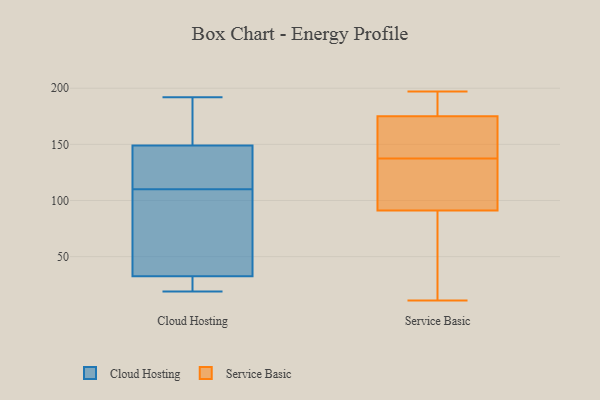
{"axis": {"x": "Waste Production (Tons)", "y": "Value"}, "legend": ["Cloud Hosting", "Service Basic"], "data": [{"x": "", "y": 74, "type": "Cloud Hosting"}, {"x": "", "y": 192, "type": "Cloud Hosting"}, {"x": "", "y": 144, "type": "Cloud Hosting"}, {"x": "", "y": 114, "type": "Cloud Hosting"}, {"x": "", "y": 23, "type": "Cloud Hosting"}, {"x": "", "y": 160, "type": "Cloud Hosting"}, {"x": "", "y": 19, "type": "Cloud Hosting"}, {"x": "", "y": 32, "type": "Cloud Hosting"}, {"x": "", "y": 117, "type": "Cloud Hosting"}, {"x": "", "y": 77, "type": "Cloud Hosting"}, {"x": "", "y": 33, "type": "Cloud Hosting"}, {"x": "", "y": 166, "type": "Cloud Hosting"}, {"x": "", "y": 106, "type": "Cloud Hosting"}, {"x": "", "y": 154, "type": "Cloud Hosting"}, {"x": "", "y": 138, "type": "Cloud Hosting"}, {"x": "", "y": 24, "type": "Cloud Hosting"}, {"x": "", "y": 150, "type": "Service Basic"}, {"x": "", "y": 125, "type": "Service Basic"}, {"x": "", "y": 158, "type": "Service Basic"}, {"x": "", "y": 21, "type": "Service Basic"}, {"x": "", "y": 175, "type": "Service Basic"}, {"x": "", "y": 180, "type": "Service Basic"}, {"x": "", "y": 11, "type": "Service Basic"}, {"x": "", "y": 91, "type": "Service Basic"}, {"x": "", "y": 115, "type": "Service Basic"}, {"x": "", "y": 197, "type": "Service Basic"}]}